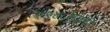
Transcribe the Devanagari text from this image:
१९४८साली